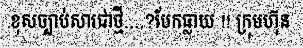
ខុសច្បាប់សារជាថ្មី....?បែកធ្លាយ !! ក្រុមហ៊ុន